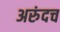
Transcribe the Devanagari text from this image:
अरुंदच